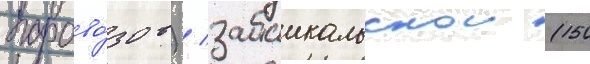
парово́зов) / забаикальскои (150